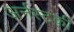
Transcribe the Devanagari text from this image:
अर्नस्टकी